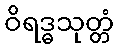
ဝိရဒ္ဓသုတ္တံ